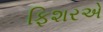
ફિશરએ